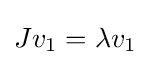
Jv_{1}=\lambda v_{1}